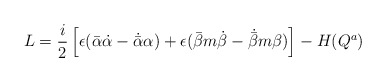
\begin{align*}L=\frac{i}{2}\left[ \epsilon({\bar \alpha}\dot \alpha-\dot{\bar \alpha}\alpha)+\epsilon ({\bar \beta}m\dot \beta-\dot{\bar \beta}m\beta)\right]- H(Q^a)\end{align*}